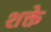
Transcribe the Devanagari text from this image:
शक्ते